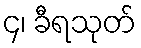
၄၊ ခီရသုတ်